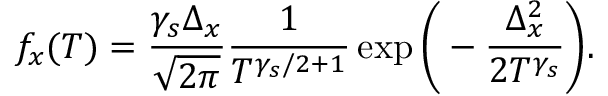
f _ { x } ( T ) = \frac { \gamma _ { s } \Delta _ { x } } { \sqrt { 2 \pi } } \frac { 1 } { T ^ { \gamma _ { s } / 2 + 1 } } \exp \Bigg ( - \frac { \Delta _ { x } ^ { 2 } } { 2 T ^ { \gamma _ { s } } } \Bigg ) .